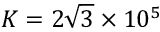
K = 2 \sqrt { 3 } \times 1 0 ^ { 5 }